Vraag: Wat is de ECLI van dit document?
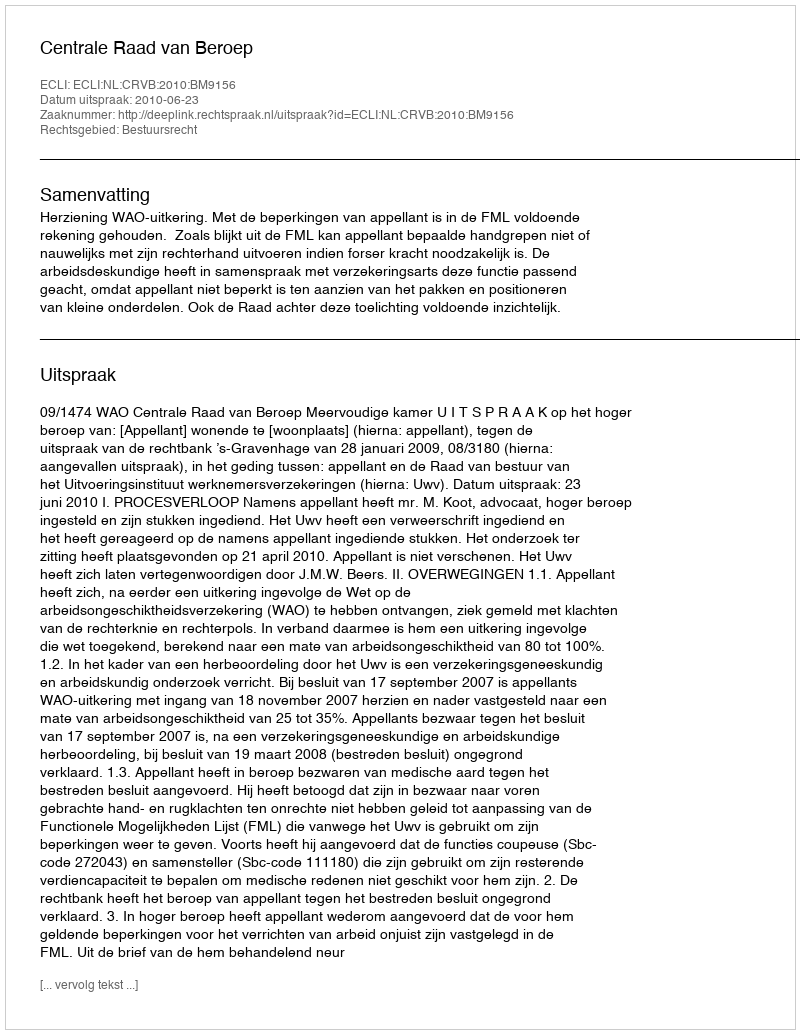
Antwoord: ECLI:NL:CRVB:2010:BM9156